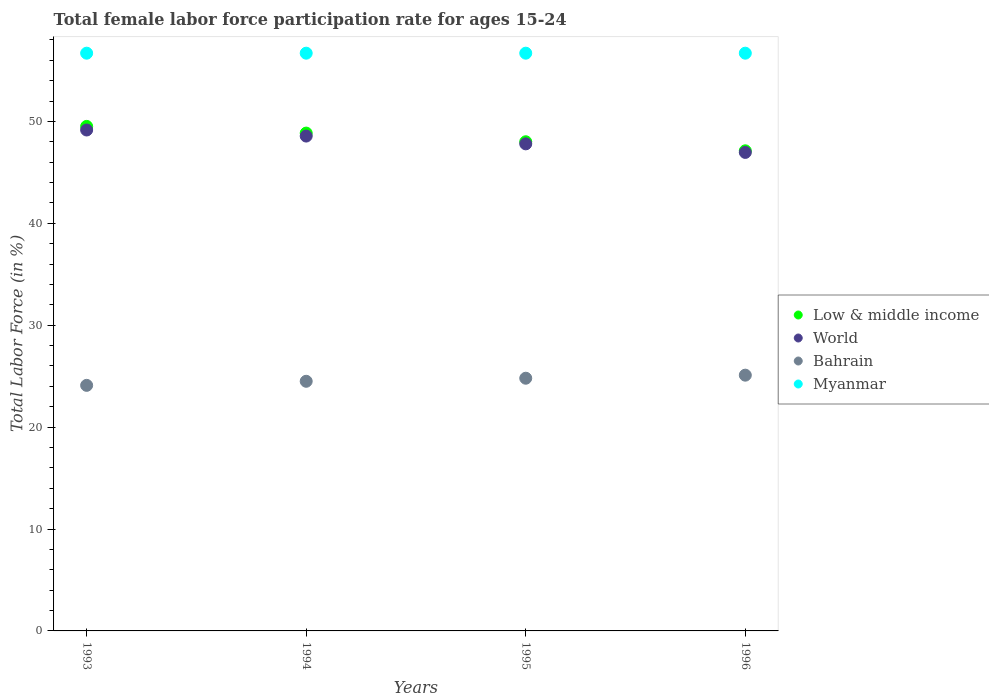
| Years | Low & middle income | World | Bahrain | Myanmar |
 | --- | --- | --- | --- | --- |
 | 1993 | 49.5 | 49.2 | 24.1 | 56.7 |
 | 1994 | 48.9 | 48.6 | 24.5 | 56.7 |
 | 1995 | 48 | 47.8 | 24.8 | 56.7 |
 | 1996 | 47.1 | 47 | 25.1 | 56.7 |